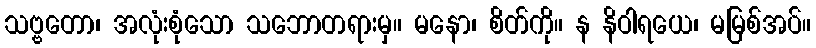
သဗ္ဗတော၊ အလုံးစုံသော သဘောတရားမှ။ မနော၊ စိတ်ကို။ န နိဝါရယေ၊ မမြစ်အပ်။